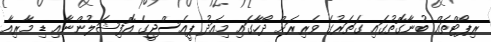
ރިޕޯޓްތައް ބުނާގޮތުގައި ގަތަރުގެ ވެރިރަށް ދޯހާގައި މިއަދު ޕީއެސްޖީގެ އޮފިޝަލުންނާއި ޑި މާރިއާ